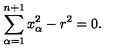
\sum _ { \alpha = 1 } ^ { n + 1 } x _ { \alpha } ^ { 2 } - r ^ { 2 } = 0 .